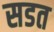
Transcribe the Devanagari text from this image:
सडत